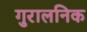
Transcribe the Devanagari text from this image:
गुरालनिक